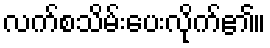
လက်စသိမ်းပေးလိုက်၏။